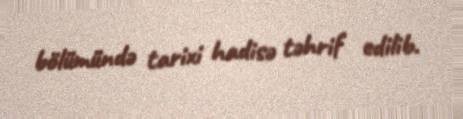
bölümündə tarixi hadisə təhrif edilib.